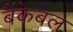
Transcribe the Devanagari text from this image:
बैंकेबल